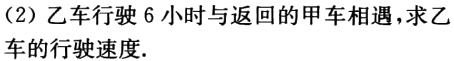
（2）乙车行驶 6 小时与返回的甲车相遇，求乙车的行驶速度.